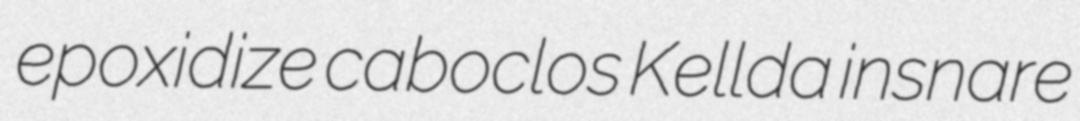
epoxidize caboclos Kellda insnare